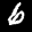
Label: 6